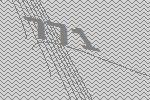
771